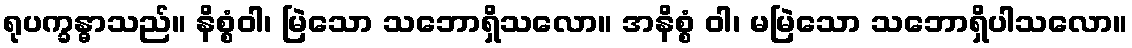
ရုပက္ခန္ဓာသည်။ နိစ္စံဝါ၊ မြဲသော သဘောရှိသလော။ အနိစ္စံ ဝါ၊ မမြဲသော သဘောရှိပါသလော။